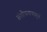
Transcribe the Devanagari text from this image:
संशोधनापासून